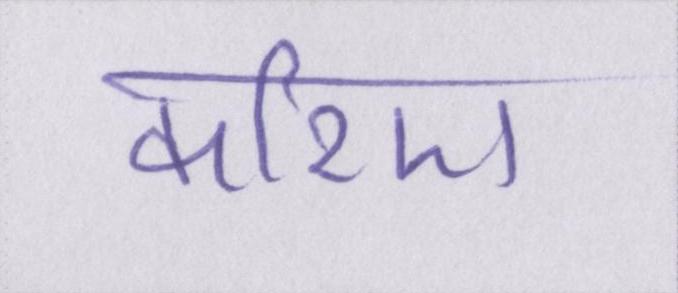
करिए